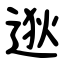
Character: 逖